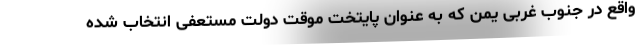
واقع در جنوب غربی یمن که به عنوان پایتخت موقت دولت مستعفی انتخاب شده